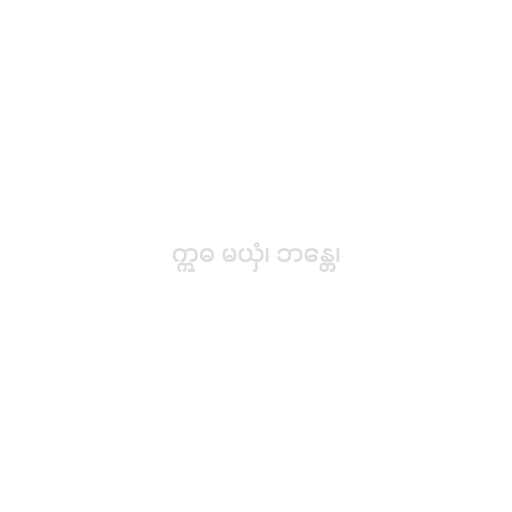
ဣဓ မယှံ၊ ဘန္တေ၊